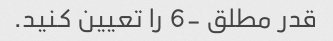
قدر مطلق -6 را تعیین کنید.